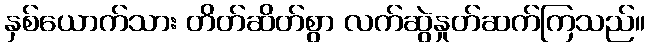
နှစ်ယောက်သား တိတ်ဆိတ်စွာ လက်ဆွဲနှုတ်ဆက်ကြသည်။